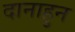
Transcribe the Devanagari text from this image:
दानाहुन